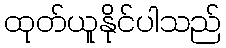
ထုတ်ယူနိုင်ပါသည်